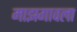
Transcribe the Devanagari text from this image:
माझगावला